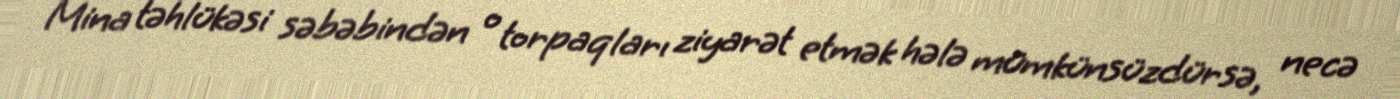
Mina təhlükəsi səbəbindən o torpaqları ziyarət etmək hələ mümkünsüzdürsə, necə